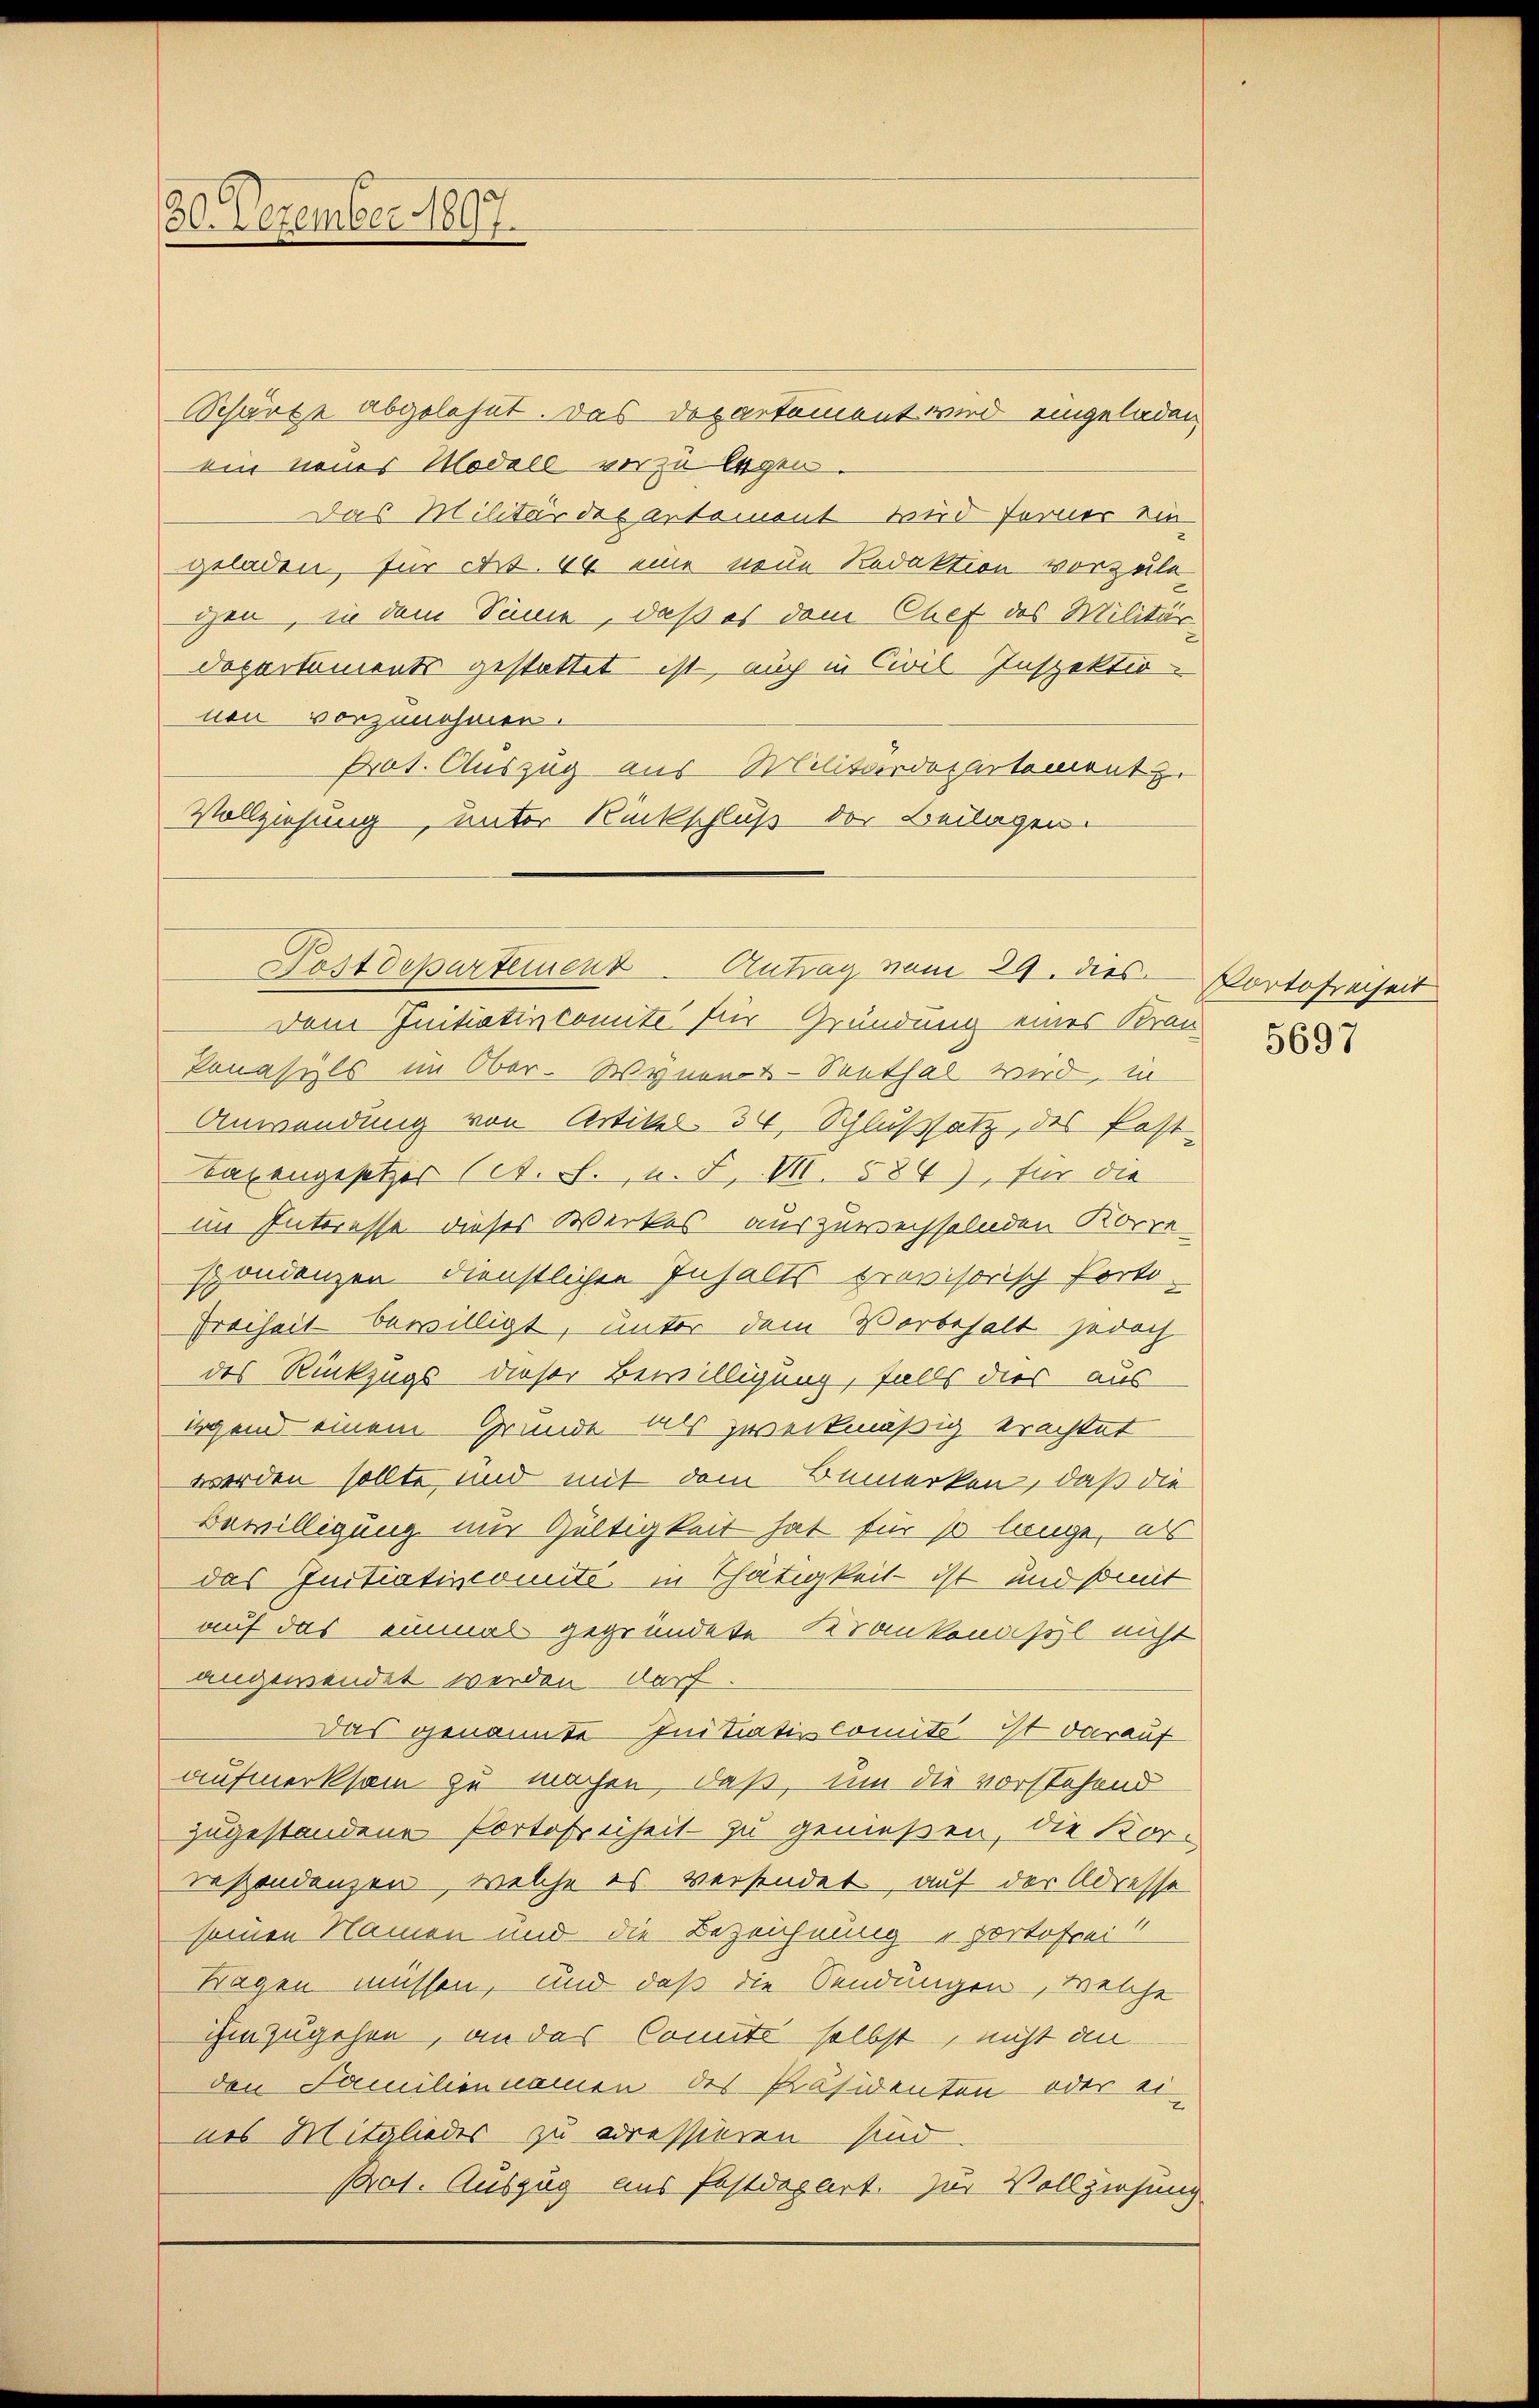
30. Dezember 1897.

Schärfe abgelehnt. Das Departement wird eingeladen
ein neues Modell vorzulegen.
Das Militärdel antament wird ferner sie
geladen, für Art. 44 eine neue Redaktion vorzule
gen, in dem Sinne, daß es dem Chef des Militär
Departements gestattet ist, auch in Civil-Inspektio
nen vorzunehmen.
Prot. Auszug aus Militärdepartement z.
Vollziehung, unter Rückschluß der Beilagen

Postdepartement Antrag vom 29. dies

Dem Initiativcomite für Gründung eines Kran
Ponasyls im Ober- Wyner-Seethal wird, in
Anwendung von Artikel. 34, Schlußsatz, des Post-
Baxengesetzes (A. f., u. F. VII. 584), für die
im Interesse dieses Werkes auszuwechselnden Korre-
spondenzen dienstlichen Inhalts provisorisch Porto-
Freiheit bewilligt, unter dem Vorbehalt jedoch
des Rückzugs dieser Bewilligung, falls dies aus
ig und einem Grunde als zweckmäßig erachtet
werden sollte, und mit dem Bemerken, daß die
Bewilligung nur Gültigkeit hat für so lange, als
das Initiativcomité in Thätigkeit - ist und somit
auf das einmal gegründete Krankenasyl nicht
angewendet werden darf.
Das genannte Initiativkomite ist darauf
aufmerksam zu machen, daß, um die vorstehend
zugestandene Portofreiheit zu genießen, die Kor-
resondenzen, welche es versendet, auf der Adresse
seinen Namen und die Bezeichnung portofrei.
Tagen müssen, und daß die Sendungen, welche
ihm zugehen, an das Comite selbst, nicht an
den Familiennamen des Präsidenten oder ei-
nes Mitgliedes zu adressieren sind.
P01. Auszug aus Postdepart. Zur Vollziehung

Portofreiheit
5697